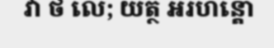
វា ថ លេ; យត្ថ អរហន្តោ